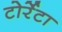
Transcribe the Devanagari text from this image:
टोर्रेटा